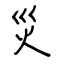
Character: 災